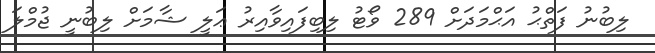
ލިބުނު ފަތްޙު އަޙްމަދަށް 289 ވޯޓު ލިބިފައިވާއިރު ޢަލީ ޝާމަށް ލިބުނީ ޖުމްލަ